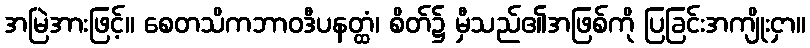
အမြဲအားဖြင့်။ စေတသိကဘာဝဒီပနတ္ထံ၊ စိတ်၌ မှီသည်၏အဖြစ်ကို ပြခြင်းအကျိုးငှာ။